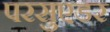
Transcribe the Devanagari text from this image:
परसुएडर